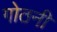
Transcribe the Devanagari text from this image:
गोठनी